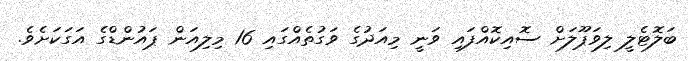
ބަލޮޓެލީ ލިވަޕޫލަށް ސޮއިކޮއްފައި ވަނީ މިއަދުގެ ވަގުތެއްގައި 16 މިލިއަން ޕައުންޑްގެ އަގަކަށެވެ.